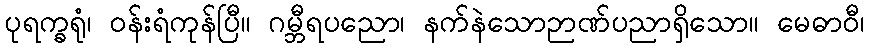
ပုရက္ခရုံ၊ ဝန်းရံကုန်ပြီ။ ဂမ္ဘီရပညော၊ နက်နဲသောဉာဏ်ပညာရှိသော။ မေဓာဝီ၊